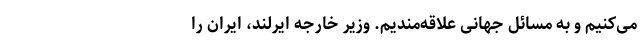
می‌کنیم و به مسائل جهانی علاقه‌مندیم. وزیر خارجه ایرلند، ایران را